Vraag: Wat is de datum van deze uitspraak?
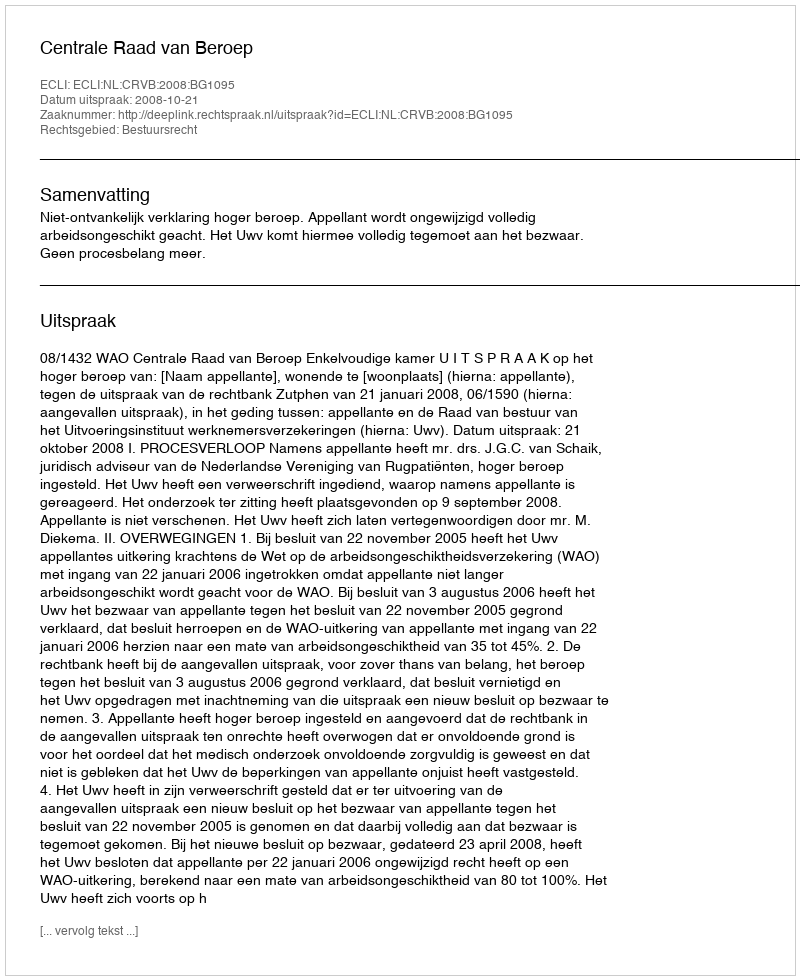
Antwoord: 2008-10-21